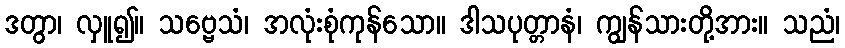
ဒတွာ၊ လှူ၍။ သဗ္ဗေသံ၊ အလုံးစုံကုန်သော။ ဒါသပုတ္တာနံ၊ ကျွန်သားတို့အား။ သညံ၊